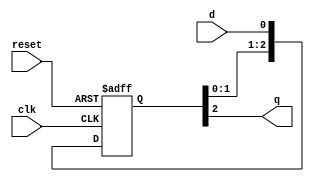
module cascade_synchronizer (
    input wire clk, // input clock signal
    input wire reset, // asynchronous reset signal
    input wire d, // input data signal
    
    output reg q // output synchronized signal
);

reg [2:0] ff; // three flip-flops in the cascading chain

always @(posedge clk or posedge reset) begin
    if (reset) begin
        ff <= 3'b0; // reset all flip-flops
    end else begin
        ff <= {ff[1:0], d}; // cascade data through flip-flops
    end
end

assign q = ff[2]; // output of the last flip-flop in the chain

endmodule